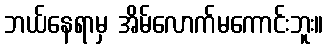
ဘယ်နေရာမှ အိမ်လောက်မကောင်းဘူး။